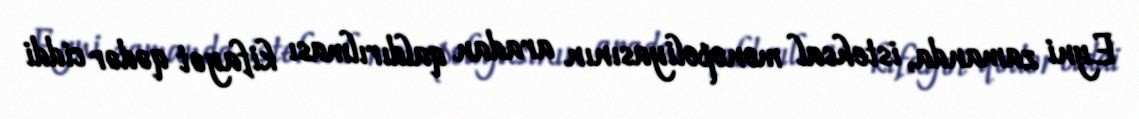
Eyni zamanda, istehsal monopoliyasının aradan qaldırılması kifayət qədər ciddi